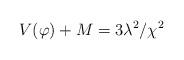
LaTeX: \begin{align*}V(\varphi)+M=3\lambda^{2}/\chi^{2} \end{align*}